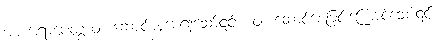
အာဟရာပေတွာဝါ၊ ဆောင်ယူစေ၍သော်၎င်း။ ဝါ၊ ဆောင်စေခြင်းကြောင့်သော်၎င်း။